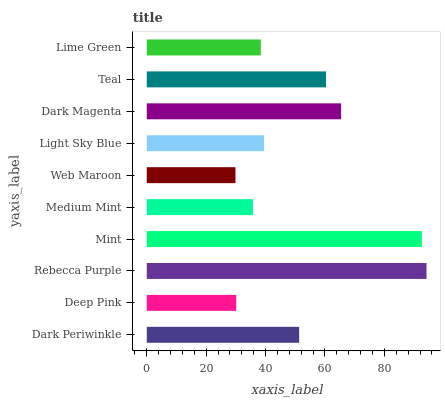
| yaxis_label | bars |
 | --- | --- |
 | Dark Periwinkle | 51.3 |
 | Deep Pink | 30.1 |
 | Rebecca Purple | 94.2 |
 | Mint | 92.6 |
 | Medium Mint | 35.7 |
 | Web Maroon | 29.9 |
 | Light Sky Blue | 39.5 |
 | Dark Magenta | 65.4 |
 | Teal | 60.4 |
 | Lime Green | 38.4 |